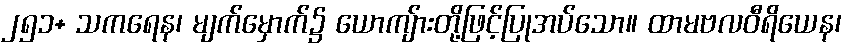
၂၅၁+ သကရေန၊ မျက်မှောက်၌ ယောကျ်ားတို့ဖြင့်ပြုအပ်သော။ ထာမဗလဝီရိယေန၊